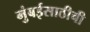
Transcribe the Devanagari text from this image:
मुंबईसाठीची